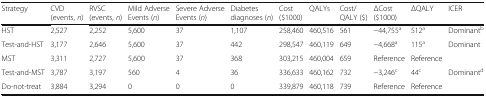
<table><thead><tr><td><b>Strategy</b></td><td><b>CVD (events, <i>n</i>)</b></td><td><b>RVSC (events, <i>n</i>)</b></td><td><b>Mild Adverse Events (<i>n</i>)</b></td><td><b>Severe Adverse Events (<i>n</i>)</b></td><td><b>Diabetes diagnoses (<i>n</i>)</b></td><td><b>Cost ($1000)</b></td><td><b>QALYs</b></td><td><b>Cost/QALY ($)</b></td><td><b>ΔCost ($1000)</b></td><td><b>ΔQALY</b></td><td><b>ICER</b></td></tr></thead><tbody><tr><td>HST</td><td>2,527</td><td>2,252</td><td>5,600</td><td>37</td><td>1,107</td><td>258,460</td><td>460,516</td><td>561</td><td>−44,755<sup>a</sup></td><td>512<sup>a</sup></td><td>Dominant<sup>b</sup></td></tr><tr><td>Test-and-HST</td><td>3,177</td><td>2,646</td><td>5,600</td><td>37</td><td>442</td><td>298,547</td><td>460,119</td><td>649</td><td>−4,668<sup>a</sup></td><td>115<sup>a</sup></td><td>Dominant</td></tr><tr><td>MST</td><td>3,311</td><td>2,727</td><td>5,600</td><td>37</td><td>368</td><td>303,215</td><td>460,004</td><td>659</td><td>Reference</td><td>Reference</td><td></td></tr><tr><td>Test-and-MST</td><td>3,787</td><td>3,197</td><td>560</td><td>4</td><td>36</td><td>336,633</td><td>460,162</td><td>732</td><td>−3,246<sup>c</sup></td><td>44<sup>c</sup></td><td>Dominant<sup>d</sup></td></tr><tr><td>Do-not-treat</td><td>3,884</td><td>3,294</td><td>0</td><td>0</td><td>0</td><td>339,879</td><td>460,118</td><td>739</td><td>Reference</td><td>Reference</td><td></td></tr></tbody></table>